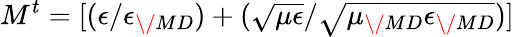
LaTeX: M^{t}=[(\epsilon/\epsilon_{\/ {MD}})+(\sqrt{\mu\epsilon}/\sqrt{\mu_{\/ {MD}}\epsilon_{\/ {MD}}})]